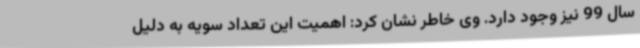
سال 99 نیز وجود دارد. وی خاطر نشان کرد: اهمیت این تعداد سویه به دلیل